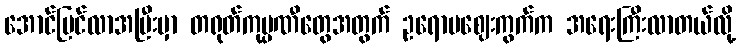
အောင်မြင်လာအပြီးမှာ တရုတ်ကုမ္ပဏီတွေအတွက် ဥရောပဈေးကွက်က အရေးကြီးလာတယ်လို့